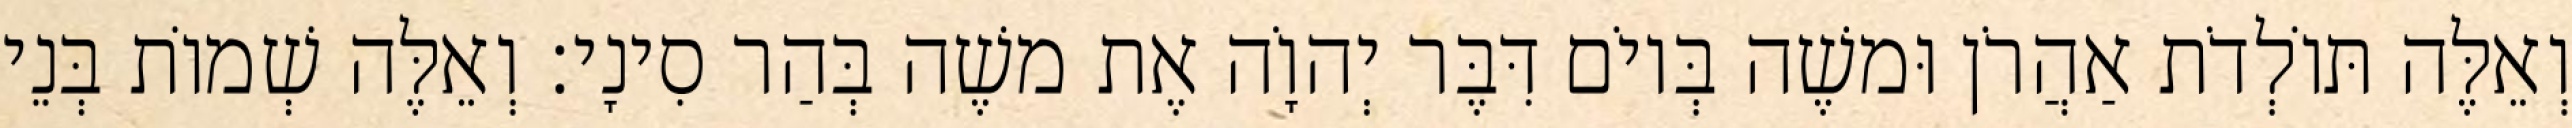
וְאֵלֶּה תּוֹלְדֹת אַהֲרֹן וּמשֶׁה בְּיוֹם דִּבֶּר יְהוָֹה אֶת משֶׁה בְּהַר סִינָי׃ וְאֵלֶּה שְׁמוֹת בְּנֵי